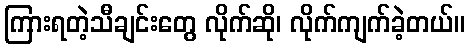
ကြားရတဲ့သီချင်းတွေ လိုက်ဆို၊ လိုက်ကျက်ခဲ့တယ်။